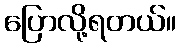
ပြောလို့ရတယ်။